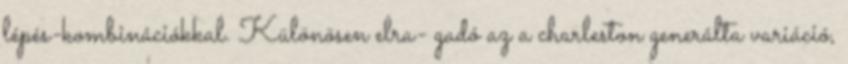
lépés-kombinációkkal. Különösen elra- gadó az a charleston generálta variáció,